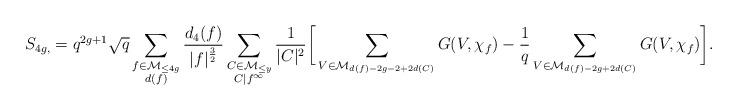
LaTeX: \begin{align*} S_{4g,} = q^{2g+1} \sqrt{q} \sum_{\substack{f \in \mathcal{M}_{\leq 4g} \\ d(f) }} \frac{d_4(f)}{|f|^{\frac{3}{2}}} \sum_{\substack{C \in \mathcal{M}_{\leq y} \\ C | f^{\infty}}} \frac{1}{|C|^2} \bigg[ \sum_{V \in \mathcal{M}_{d(f)-2g-2+2d(C)}} G(V, \chi_f) - \frac{1}{q} \sum_{V \in \mathcal{M}_{d(f)-2g+2d(C)}} G(V, \chi_f) \bigg]. \end{align*}